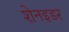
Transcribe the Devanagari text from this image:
शेनइडर